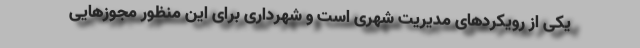
یکی از رویکردهای مدیریت شهری است و شهرداری برای این منظور مجوزهایی